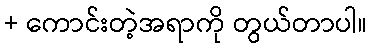
+ ကောင်းတဲ့အရာကို တွယ်တာပါ။